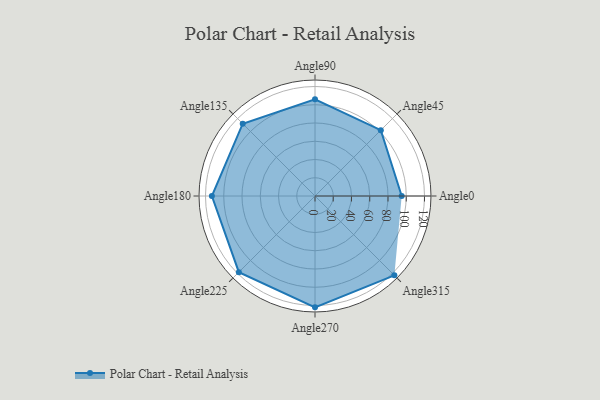
{"axis": {"x": "Angle", "y": "Radius"}, "legend": [""], "data": [{"x": "Angle0", "y": 95.0, "type": ""}, {"x": "Angle45", "y": 102.0, "type": ""}, {"x": "Angle90", "y": 106.0, "type": ""}, {"x": "Angle135", "y": 112.0, "type": ""}, {"x": "Angle180", "y": 113.0, "type": ""}, {"x": "Angle225", "y": 118.0, "type": ""}, {"x": "Angle270", "y": 122.0, "type": ""}, {"x": "Angle315", "y": 123.0, "type": ""}]}